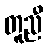
တူညီ